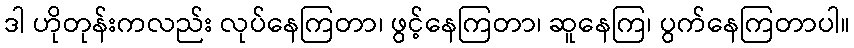
ဒါ ဟိုတုန်းကလည်း လုပ်နေကြတာ၊ ဖွင့်နေကြတာ၊ ဆူနေကြ၊ ပွက်နေကြတာပါ။